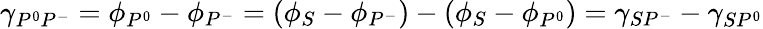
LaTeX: \gamma_{P^{0}P^{-}}=\phi_{P^{0}}-\phi_{P^{-}}=(\phi_{S}-\phi_{P^{-}})-(\phi_{S}-\phi_{P^{0}})=\gamma_{SP^{-}}-\gamma_{SP^{0}}